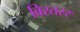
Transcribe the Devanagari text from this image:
विस्तरर